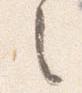
之